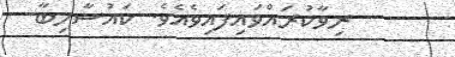
ރިވާކުރައްވައިފައިވެއެވެ. ކައުސާހިބާ